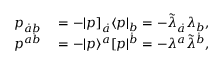
\begin{array} { r l } { p _ { \dot { a } b } } & { { } = - | p ] _ { \dot { a } } \langle p | _ { b } = - \tilde { \lambda } _ { \dot { a } } \lambda _ { b } , } \\ { p ^ { a \dot { b } } } & { { } = - | p \rangle ^ { a } [ p | ^ { \dot { b } } = - \lambda ^ { a } \tilde { \lambda } ^ { \dot { b } } , } \end{array}